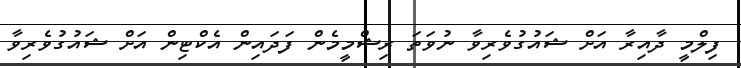
ފިލްމީ ދާއިރާ އަށް ޝައުގުވެރިވާ ނުވަތަ ރިޝްމީމެން ފަދައިން އެކްޓިން އަށް ޝައުގުވެރިވާ